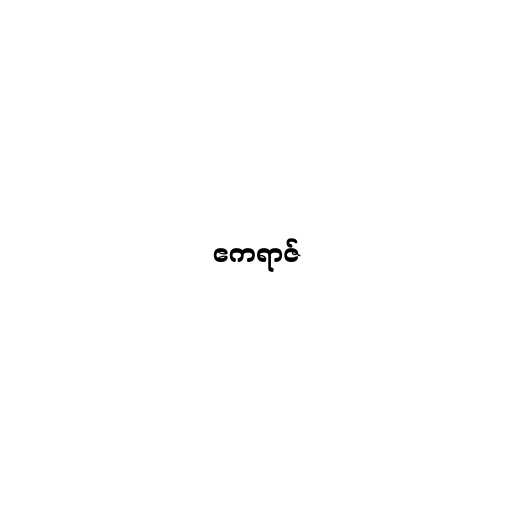
ဧကရာဇ်